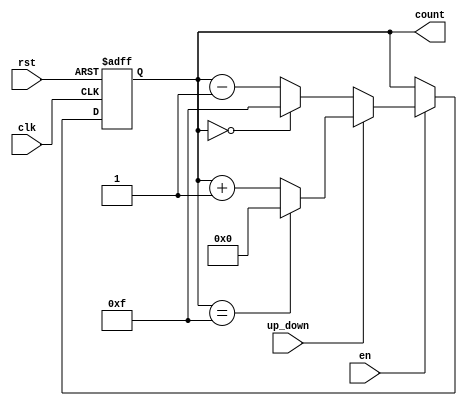
module UpDownCounter (
    input wire clk,             // Clock Input
    input wire rst,             // Asynchronous Reset
    input wire en,              // Enable Signal
    input wire up_down,         // Up/Down Control Signal
    output reg [N-1:0] count    // Counter Output - Parameter N is to be defined
);
    parameter N = 4; // Define N for an N-bit counter. Change as needed.

    always @(posedge clk or posedge rst) begin
        if (rst) begin
            // Reset the counter to zero
            count <= 0;
        end else if (en) begin
            // Enable counting based on the up_down signal
            if (up_down) begin
                // Count Up
                if (count == {N{1'b1}}) // Check if count is at maximum
                    count <= 0; // Wrap around to 0
                else
                    count <= count + 1; // Increment count
            end else begin
                // Count Down
                if (count == 0) // Check if count is at minimum
                    count <= {N{1'b1}}; // Wrap around to maximum
                else
                    count <= count - 1; // Decrement count
            end
        end
        // If enable (en) is disabled, the counter holds its current value.
    end

endmodule